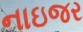
નાઇજર